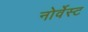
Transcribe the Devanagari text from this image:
नोर्वेस्ट